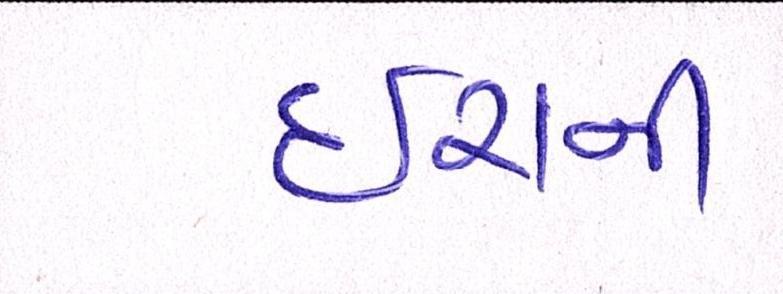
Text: ઇરાની